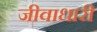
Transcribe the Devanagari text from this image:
जीवाधारी